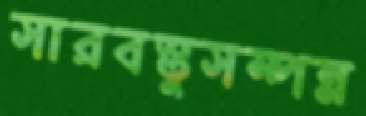
সারবস্তুসম্পন্ন